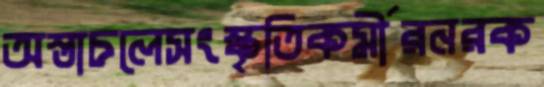
অস্তাচলেসংস্কৃতিকর্মীরনরক